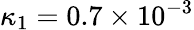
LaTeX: \kappa_{1}=0.7\times 10^{-3}